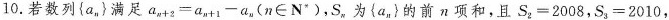
10.若数列{a_{n}}满足$$a _ { n + 2 } = a _